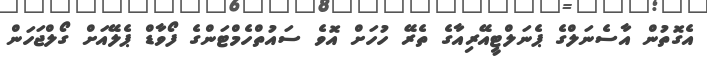
އެގޮތުން އާސެނަލްގެ ޕެނަލްޓީއޭރިއާގެ ތެރޭ ހުހަށް އޮވެ ސައުތްހެމްޓަންގެ ފޯވާޑް ޕެލޭއަށް ގޯލްޖަހަން